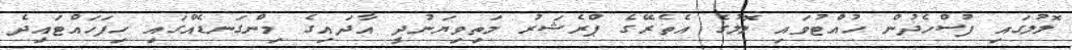
ލޮލުގައި ފުސްހެދުން ހުއްޓުވައި ލޮލުގެ އެތެރޭގެ ޕްރެޝަރު މަތިވިޔަނުދީ އާދައިގެ މިންގަނޑެއްގައި ހިފަހައްޓައިދެ